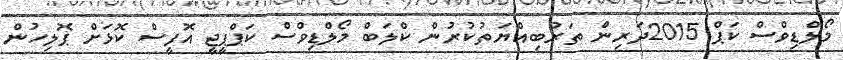
މޯލްޑިވްސް ކަޕް 2015ދަރިން ތަރުބިއްޔަތުކުރުން ކްލަބް މޯލްޑިވްސް ކަޕްޕީޖީ އޮފީސް ކޮޅަށް ޕޮލިހުން